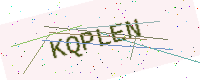
Text: KQPLEN